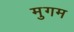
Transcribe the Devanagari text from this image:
मुगम